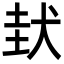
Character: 𡌤